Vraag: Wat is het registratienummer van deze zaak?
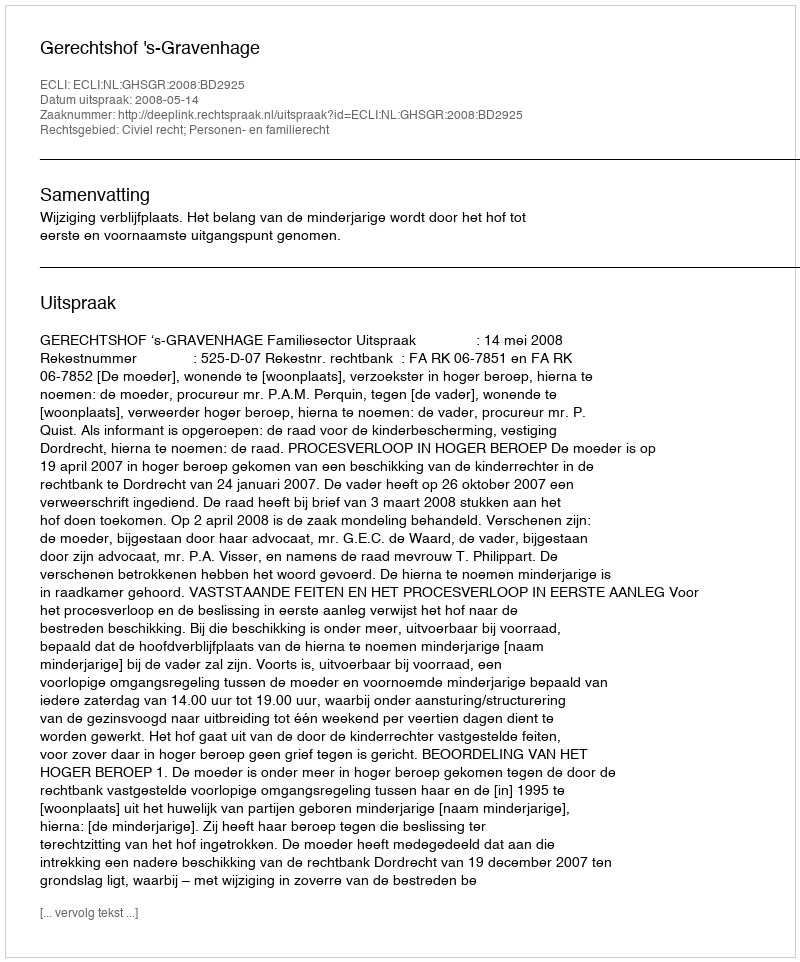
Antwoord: http://deeplink.rechtspraak.nl/uitspraak?id=ECLI:NL:GHSGR:2008:BD2925